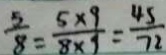
\frac { 5 } { 8 } = \frac { 5 \times 9 } { 8 \times 9 } = \frac { 4 5 } { 7 2 }